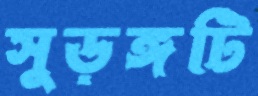
সুড়ঙ্গটি